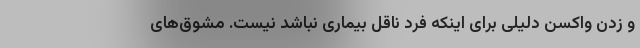
و زدن واکسن دلیلی برای اینکه فرد ناقل بیماری نباشد نیست. مشوق‌های